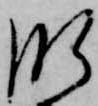
肝